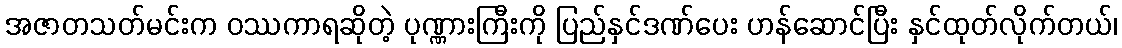
အဇာတသတ်မင်းက ဝဿကာရဆိုတဲ့ ပုဏ္ဏားကြီးကို ပြည်နှင်ဒဏ်ပေး ဟန်ဆောင်ပြီး နှင်ထုတ်လိုက်တယ်၊